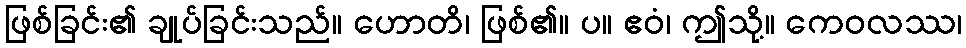
ဖြစ်ခြင်း၏ ချုပ်ခြင်းသည်။ ဟောတိ၊ ဖြစ်၏။ ပ။ ဧဝံ၊ ဤသို့။ ကေဝလဿ၊